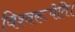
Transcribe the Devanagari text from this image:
विश्वरूपेति।